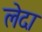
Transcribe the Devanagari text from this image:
लेदा